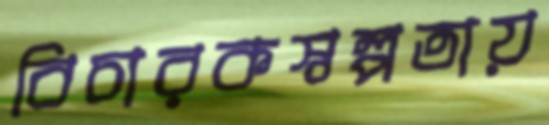
বিচারকস্বল্পতায়